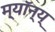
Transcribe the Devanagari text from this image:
म्यॉन्य्